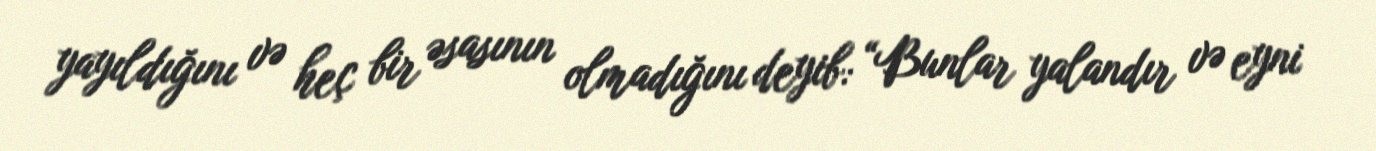
yayıldığını və heç bir əsasının olmadığını deyib: “Bunlar yalandır və eyni